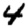
Digit: 4